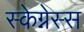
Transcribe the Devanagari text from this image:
स्केग्नेस्स